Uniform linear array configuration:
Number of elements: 64
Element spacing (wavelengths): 0.25
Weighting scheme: binomial
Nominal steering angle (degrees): -15
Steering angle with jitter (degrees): -13.825
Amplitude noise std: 0.05
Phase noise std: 0.05

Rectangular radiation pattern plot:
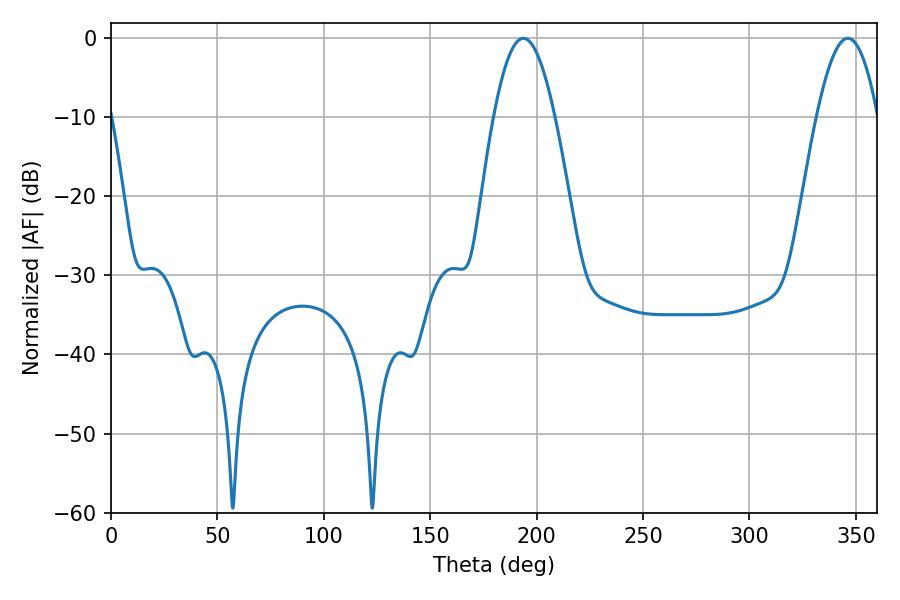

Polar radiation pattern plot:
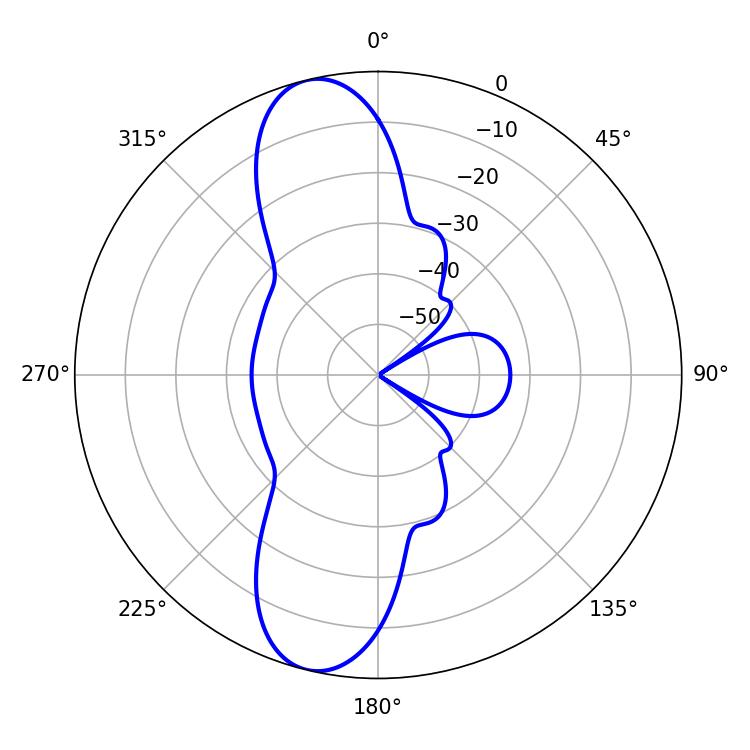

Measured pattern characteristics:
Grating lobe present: FALSE
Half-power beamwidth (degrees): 15.48
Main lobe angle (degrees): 346.32